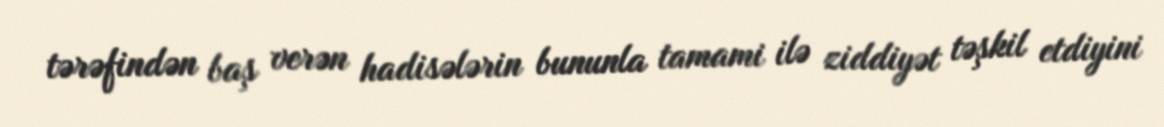
tərəfindən baş verən hadisələrin bununla tamami ilə ziddiyət təşkil etdiyini